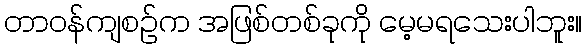
တာဝန်ကျစဉ်က အဖြစ်တစ်ခုကို မေ့မရသေးပါဘူး။